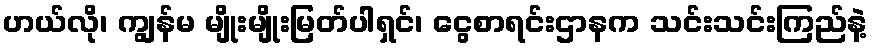
ဟယ်လို၊ ကျွန်မ မျိုးမျိုးမြတ်ပါရှင်၊ ငွေစာရင်းဌာနက သင်းသင်းကြည်နဲ့